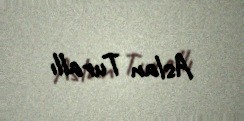
Aslan Turallı